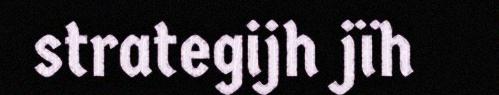
strategijh jïh